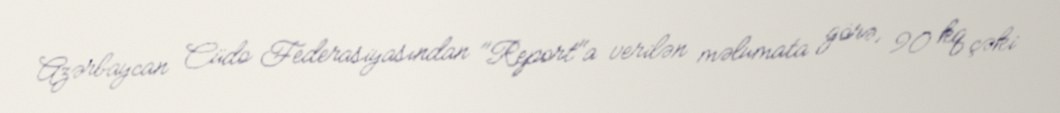
Azərbaycan Cüdo Federasiyasından "Report"a verilən məlumata görə, 90 kq çəki